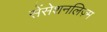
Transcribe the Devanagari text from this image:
सेंसेशनलिज़्म